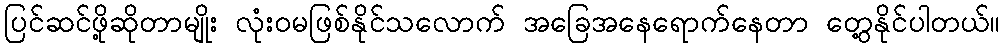
ပြင်ဆင်ဖို့ဆိုတာမျိုး လုံးဝမဖြစ်နိုင်သလောက် အခြေအနေရောက်နေတာ တွေ့နိုင်ပါတယ်။